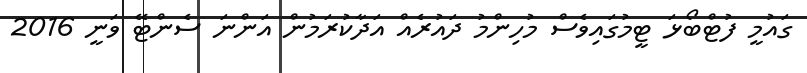
ގައުމީ ފުޓްބޯޅަ ޓީމުގައިވެސް މުހިންމު ދައުރެއް އަދާކުރަމުން އަންނަ ސެންޓޭ ވަނީ 2016